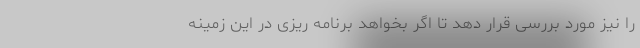
را نیز مورد بررسی قرار دهد تا اگر بخواهد برنامه ریزی در این زمینه